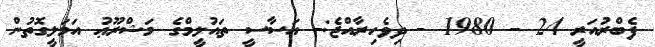
ފެބްރުއަރީ 24 - 1980 - ދިވެހިރާއްޖެ:- އަސާސީ ތައުލީމްގެ މަޝްރޫޢު އަމަލީގޮތުން